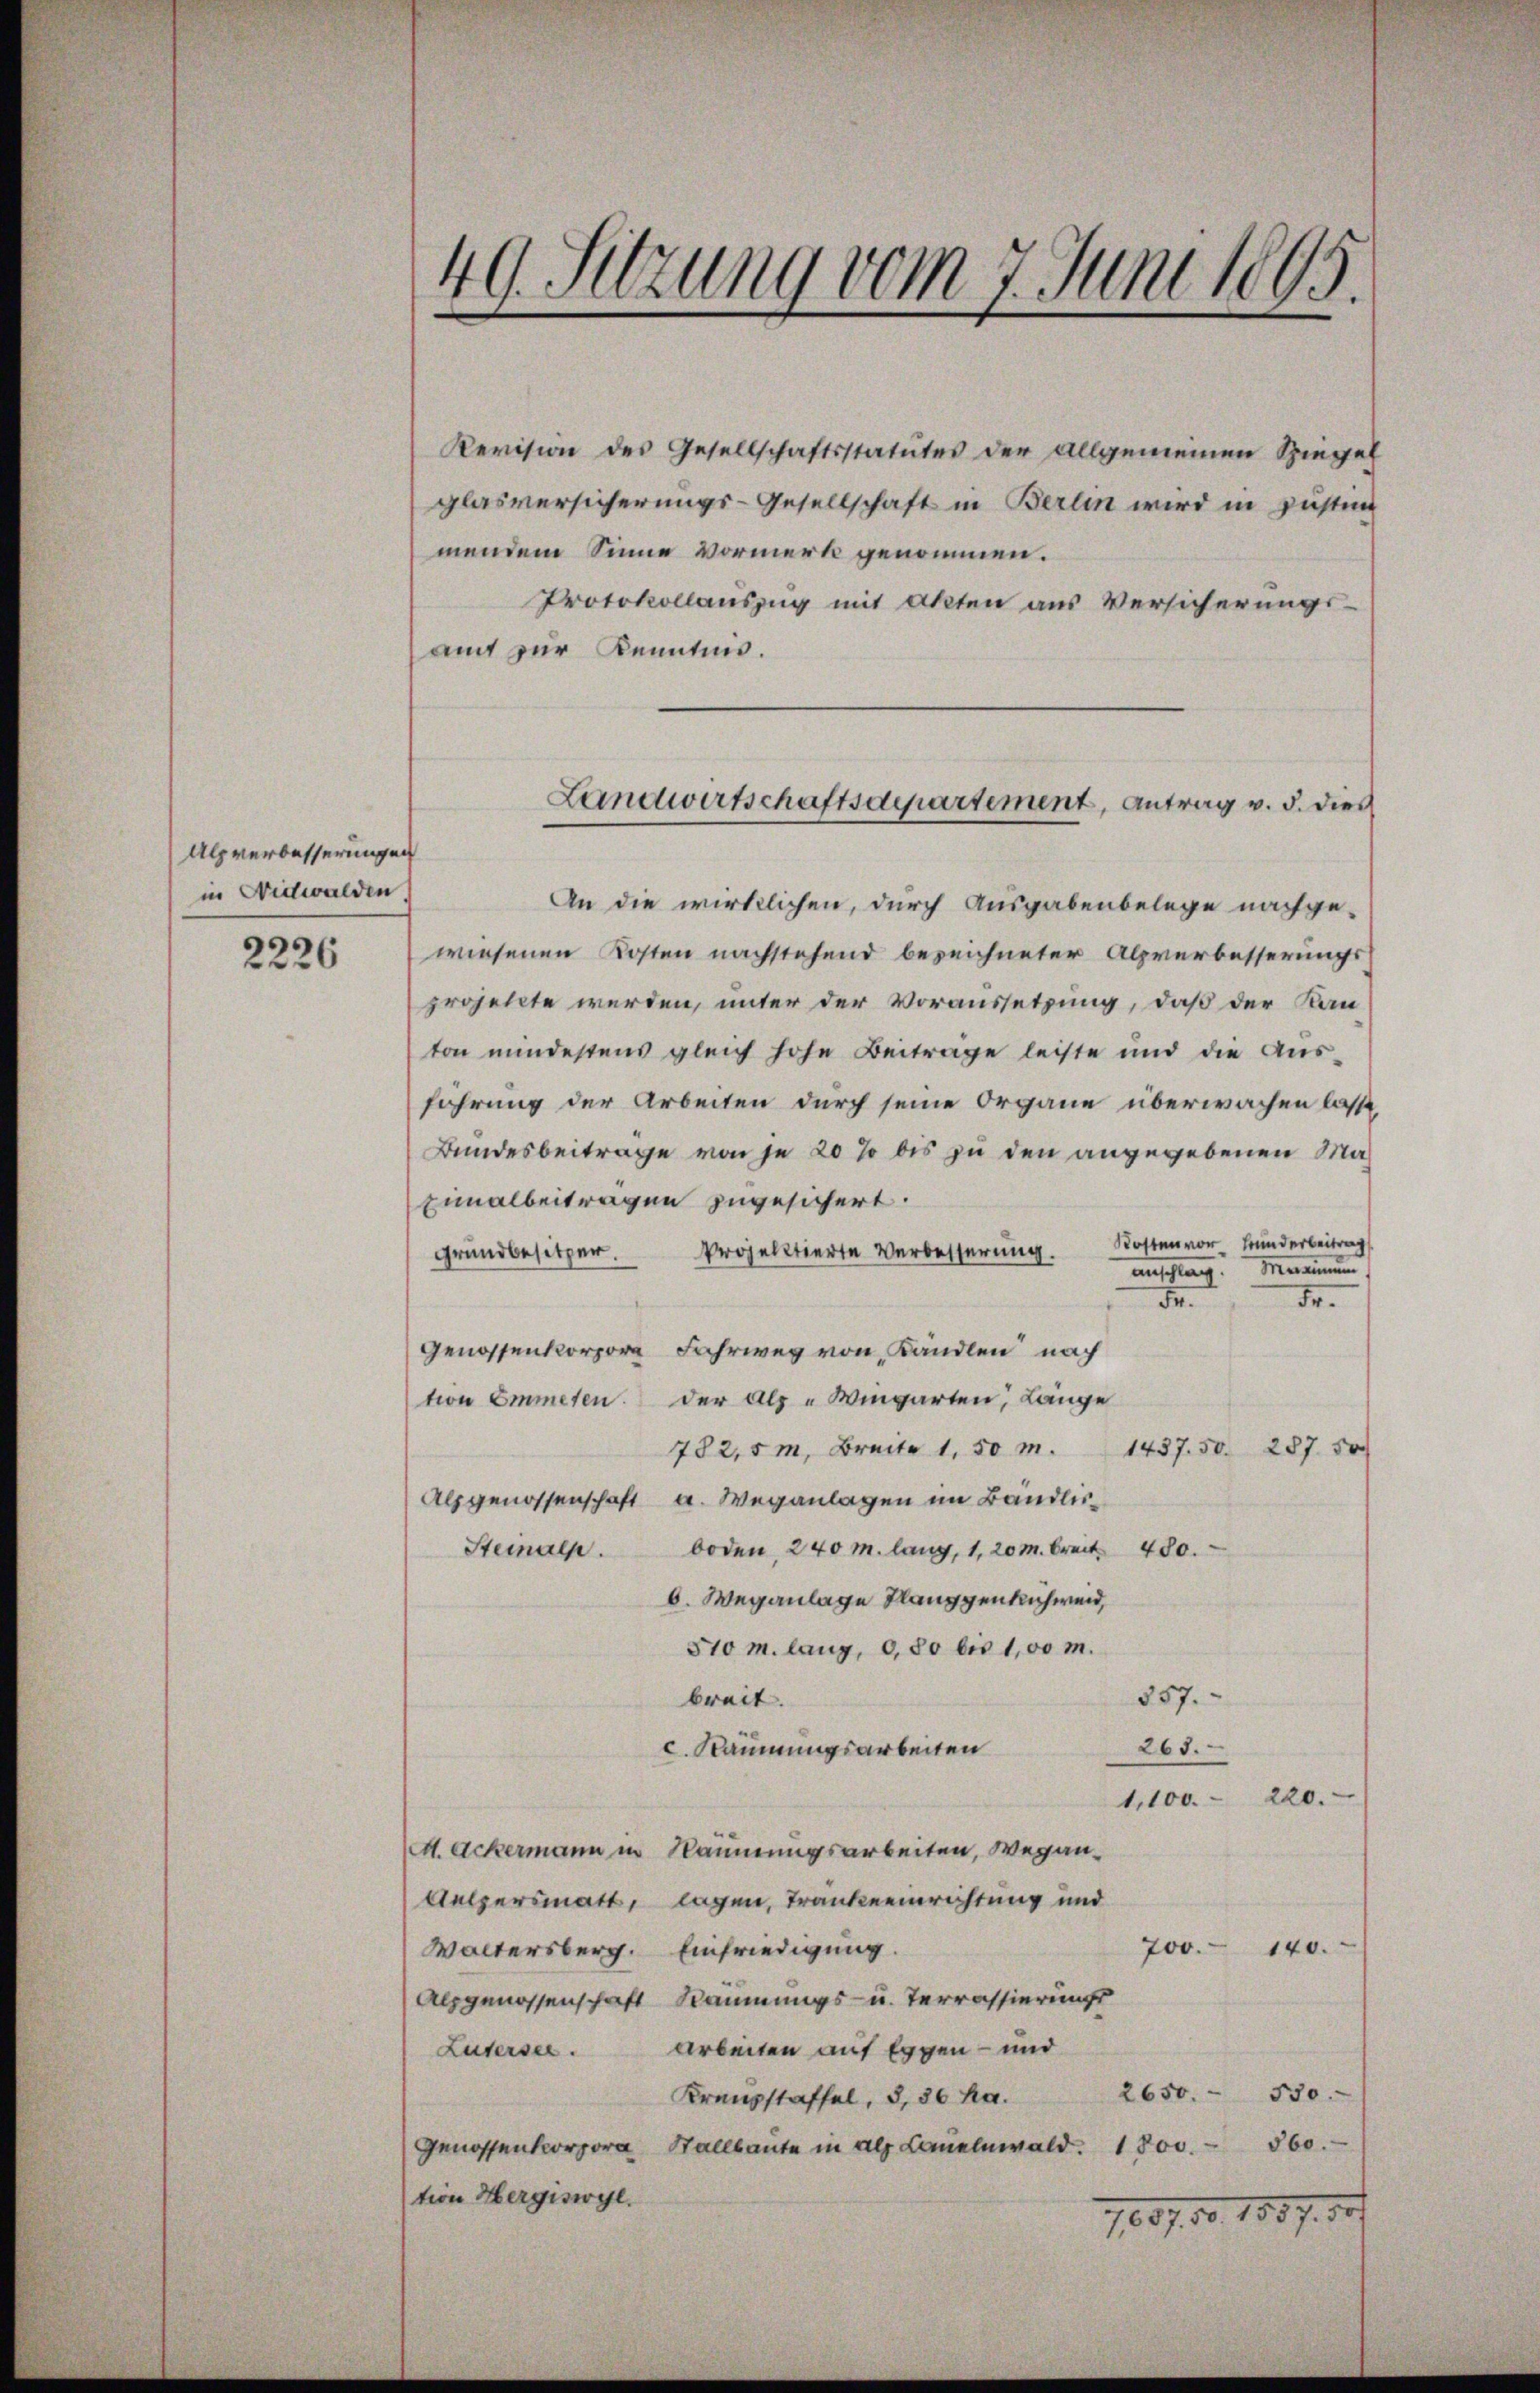
Alpverbesserungen
in Nidwalden.

2226

49. Sitzung vom 7. Juni 1895.

Revision des Gesellschaftsstatutes der allgemeinen Spiegel
glasversicherungs-Gesellschaft in Berlin wird in Justim
mendem Sinne vormerk genommen.
Protokollauszug mit Akten aus Versicherungs-
amt zur Kenntnis.
An die wirklichen, durch Ausgabenbelege nachge-
wiesenen Kosten nachstehend bezeichneter Alpverbesserungs
projekte werden, unter der Voraussetzung, daß der Kan-
ton mindestens gleich hohe Beitrage leiste und die Aŭs-
fahrung der Arbeiten durch seine Organe überwachen lasse,
Bundesbeitrage von je 20 % bis zu den angegebenen Ma¬
Eimalbeitragen zugesichert.
Grundbesitzer. Projektierte Verbesserŭng. Kosten vor Bunderbeitrag
anschlag. Merin
Fr.
M.
Genossenkorpore Fahrweg von Kandlen nach
tion Emmeten. Der als „Wingarten, Länge
782,5m, Breite 1.50 m. 1437. 50. 287. 50
Alsgenossenschaft a. Weganlagen im Bändlicboden, 240 m lang, 1, 20 m breit 480.
Steinalp.
6. Weganlage Klanggenschweid,
510 m. lang, 0,80 bis 100 m.
857.
breit.
265.
c. Räumungsarbeiten
1,100. 220.
M. Ackermann in Räumungsarbeiten, Wegan¬
Aelpersmatt, lagen, Trankeeinrichtung und
700.
140.
Waltersberg. Einfriedigung.
Alpgenossenschaft Kommungs- u. Terrassierungs
Luderses. Arbeiten auf Eggen- und
2650. 530.
Kreuzstaffel, 3,36 ha.
Genossenkorpora Stallbaŭte in alz Caŭelnwald. 1800. 560.
tion Hergiswyl.
1837. 50

Landwirtschaftsdepartement, Antrag v. 5. dies